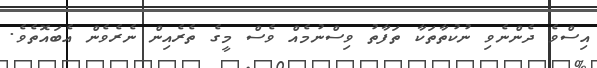
އިސްވެ ދެންނެވި ނުކުތާތަކާ ތަފާތު ވިސްނުމެއް ވެސް މީގެ ތެރެއިން ނެރެވެން އެބައޮތެވެ.